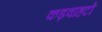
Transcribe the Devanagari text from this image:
कड़वाहटों